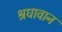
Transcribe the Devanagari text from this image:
श्रधावान